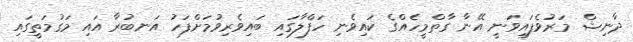
ދާނިޝް މަރުވެފައިވަނީ އޭނާ ގާތްމީހެއްގެ ކައިވެނި ހަފްލާގައި ބައިވެރިވުމަށްފަހު އަނބުރާ އައި މަގުމަތީގައި